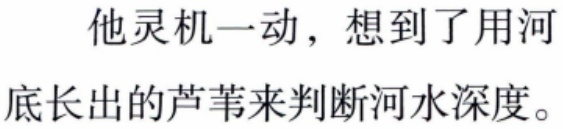
他灵机一动，想到了用河
底长出的芦苇来判断河水深度。